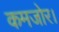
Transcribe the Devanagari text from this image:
कमजोर।